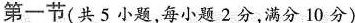
第一节(共5小题，每小题2分，满分10分)